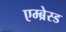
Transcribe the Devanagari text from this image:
एम्ब्रेस्ड